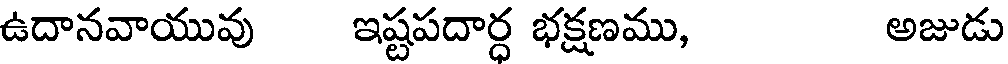
ఉదానవాయువు ఇష్టపదార్ధ భక్షణము, అజుడు